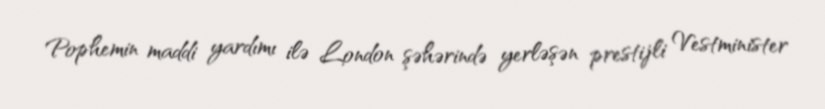
Pophemin maddi yardımı ilə London şəhərində yerləşən prestijli Vestminister